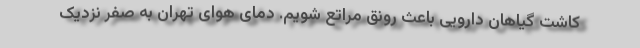
کاشت گیاهان دارویی باعث رونق مراتع شویم. دمای هوای تهران به صفر نزدیک